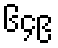
၆၄၉